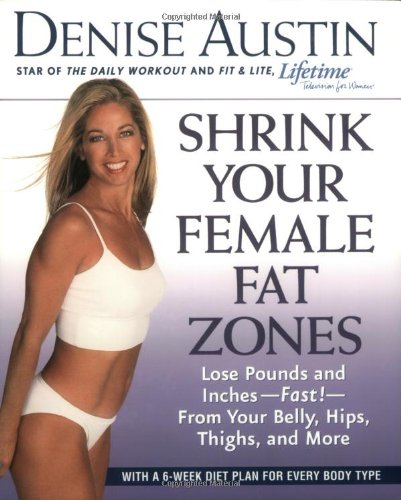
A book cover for Shrink Your Female Fat Zones: Lose Pounds and Inches--Fast!--From Your Belly, Hips, Thighs, and More; Denise Austin; Health, Fitness & Dieting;